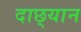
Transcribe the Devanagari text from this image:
दाछ्यान